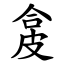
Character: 㿯